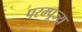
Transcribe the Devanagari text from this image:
परम्पूज्य